Vaccination in Bombay 1889-1901 - 1889-1901
Year: 1889
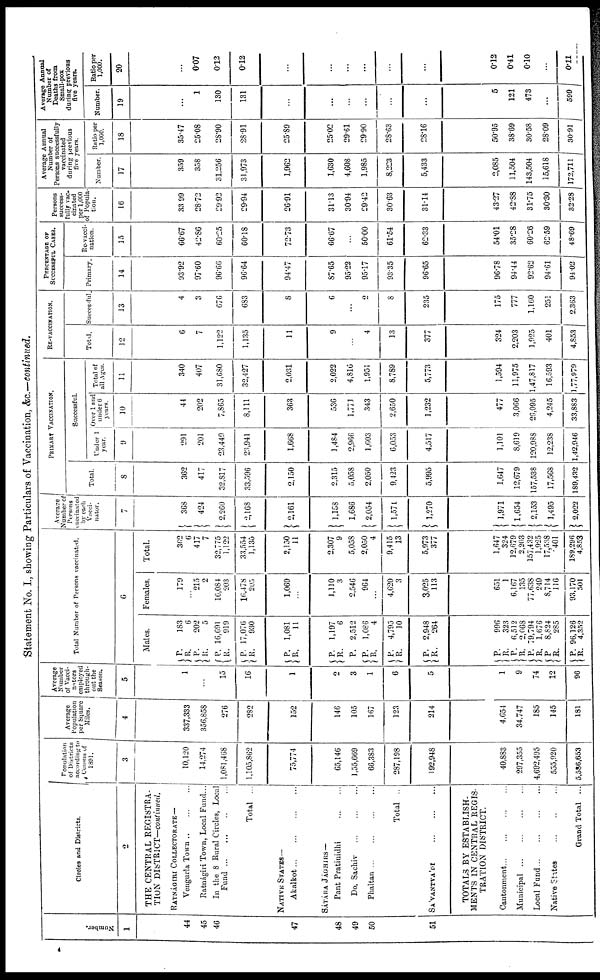
Statement No. I, showing Particulars of Vaccination, &c—continued.
Number.
1
44
45
46
47
48
49
50
51
Circles and Districts
2
THE CENTRAL REGISTRA-
TION DISTRICT—continued.
RATNAGIRI COLLECTORATE—
Vengurla Town .. .
Ratnágiri Town, Local Fund .
In the 8 Rural Circles, Local
Fund..
...
Total
NATIVE STATES—
Akalkot ..
SATARA JAGHIRS —
Pant Pratinidhi
Do. Sachiv ...
Phaltan ..
Total
SA'VANTVA'DI
.. ... ...
TOTALS BY ESTABLISH-
MENTS IN CENTRAL REGIS
TRATION DISTRICT.
Cantonment
. .
Municipal ... ...
Local Fund
Native States
Grand Total ...
Population
of Districts
according to
Census of
1891.
3
10,120
14,274
1,081,468
1,105,862
73,774
65,146
1,55,669
66,383
287,198
192,948
40,883
297,353
4,692,495
535,020
3,586,653
Average
Population
per Square
Miles.
4
337,333
356,858
276
282
152
146
105
167
123
214
4,654
34,747
185
145
181
Average
number
of Vacci
nators
employe
through-
out the
Season.
5
1
...
15
16
1
2
3
1
6
5
1
9
74
12
96
Total Number of Persons vaccinated
6
Males.
P.
R.
P.
R.
P.
R.
P.
R.
P.
R.
P.
R.
P.
P.
R.
P.
R.
P.
R.
P.
R. P.
R.
P.
R.
P.
R.
P.
R.
183
6
202
5
16,691
919
17,076
930
1,081
11
1,197
6
2,512
1,086
4
4,795
10
2,948
264
996
323
6,512
2,068
79,794
1,676
8,824
285
96,126
4,352
Females
179
215
2
16,084
203
16,478
205
1,069
1,110
3
2,546
964
..
4,620
3
3,025
113
651
1
6,167
135
77,638
249
8,714
116
93,170
501
Total.
362
6
417
7
32,775
1,122
33,554
1,135
2,150
11
2,307
9
5,058
2,050
4
9,415
13
5,973
377
1,647
324
12,679
2,203
157,432
1,925
17,538
401
189,296
4,853
Average
Number of
Persons
Vaccinated
by each
Vacci-
nator .
7
368
424
2,260
2,168
2,161
1,158
1,686
2,054
1,571
1,270
1,971
1,634
2,133
1,495
2,022
PRIMARY VACCINATION.
Total
8
362
417
32,817
33,596
2,150
2,315
5,058
2,050
9,423
3,995
1,647
12,679
157,538
17,568
189,432
Successful.
Under 1
year
9
291
201
23,449
23,941
1,668
1,484
2,966
1,603
6,053
4,517
1,101
8,619
120,988
12,238
1,42,946
Over 1 and
under 6
years
10
44
202
7,865
8,111
363
536
1,771
343
2,650
1,232
477
3,066
26,095
4,245
33,883
Total of
all Ages
11
340
407
31,680
32,427
2,031
2,022
4,816
1,951
8,789
5,773
1,594
11,975
1,47,817
16,593
1,77,979
RE-VACCINATION.
Total.
12
6
7
1,122
1,135
11
9
4
13
377
324
2,203
1,025
401
4,853
Successful.
13
4
3
676
683
8
6
...
2
8
235
175
777
1,100
251
2,363
PERCENTAGE OF
SUCCESSFUL CASES.
Primary.
14
93.92
97.60
96.66
96.64
94.47
87.65
95.22
95.17
93.35
96.65
96.78
94.44
92.62
94.61
94.02
Re vacci-
nation
15
66.67
42.86
60.25
60.18
72.73
66.67
..
50.00
61.54
62.33
54.01
35.28
60.26
62.59
48.69
Persons
success-
fully vac-
cinated
per 1,000
of Popula
tion.
16
33.99
28.72
29.92
29.94
26.91
31.13
30.94
29.42
30.63
31.14
43.27
42.88
31.75
30.30
32.28
Average Annual
Number of
Persons successfully
vaccinated
during previous
five years
Number
17
359
358
31,256
31,973
1,962
1,630
4,608
1,985
8,223
5,433
2,085
11,504
143,504
15,618
172,711
Ratio per
1,000.
18
35.47
25.08
28.90
28.91
25.89
25.02
29.61
29.90
28.63
28.16
50.95
38.69
30.58
28.09
30.91
Average Annual
Number of
Deaths from
Small-pox
during previous
five years.
Number.
19
...
1
130
131
...
...
..
...
.
...
5
121
473
...
599
Ratio per
1,000.
20
...
0.07
0.12
0.12
...
...
...
...
...
...
0.12
0.41
0.10
...
0.11
4